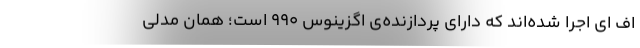
اف ای اجرا شده‌اند که دارای پردازنده‌ی اگزینوس ۹۹۰ است؛ همان مدلی